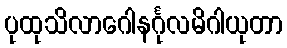
ပုထုသိလာဂေါနင်္ဂုလမိဂါယုတာ